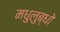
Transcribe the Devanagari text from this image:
मधुलुब्धो